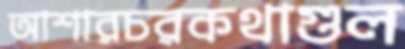
আশারচরকথাগুল